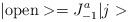
LaTeX: \begin{align*}\vert {\rm open} > = J^a_{-1} \vert j>\end{align*}